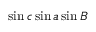
\sin c \sin a \sin B